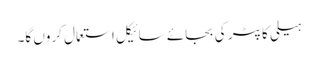
ہیلی کاپٹر کی بجائے سائیکل استعمال کروں گا۔